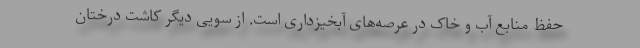
حفظ منابع آب و خاک در عرصه‌های آبخیزداری است. از سویی دیگر کاشت درختان